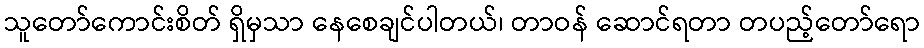
သူတော်ကောင်းစိတ် ရှိမှသာ နေစေချင်ပါတယ်၊ တာဝန် ဆောင်ရတာ တပည့်တော်ရော